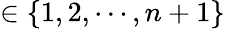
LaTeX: \in\{ 1,2,\cdots,n+1\}